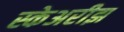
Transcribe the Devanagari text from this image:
स्केअरीझ